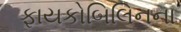
ફાયકોબિલિનના